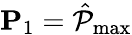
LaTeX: \mathbf{P}_{1}=\hat{\mathcal{P}}_{\operatorname*{max}}